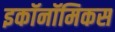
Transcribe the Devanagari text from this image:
इकॉनॉमिकस